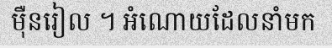
ម៉ឺនរៀល ។ អំណោយដែលនាំមក